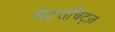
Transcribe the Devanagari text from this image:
मेट्सचिट्ज़